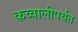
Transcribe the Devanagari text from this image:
कव्वालीपर्यंत